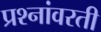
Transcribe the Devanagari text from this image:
प्रश्नांवरती